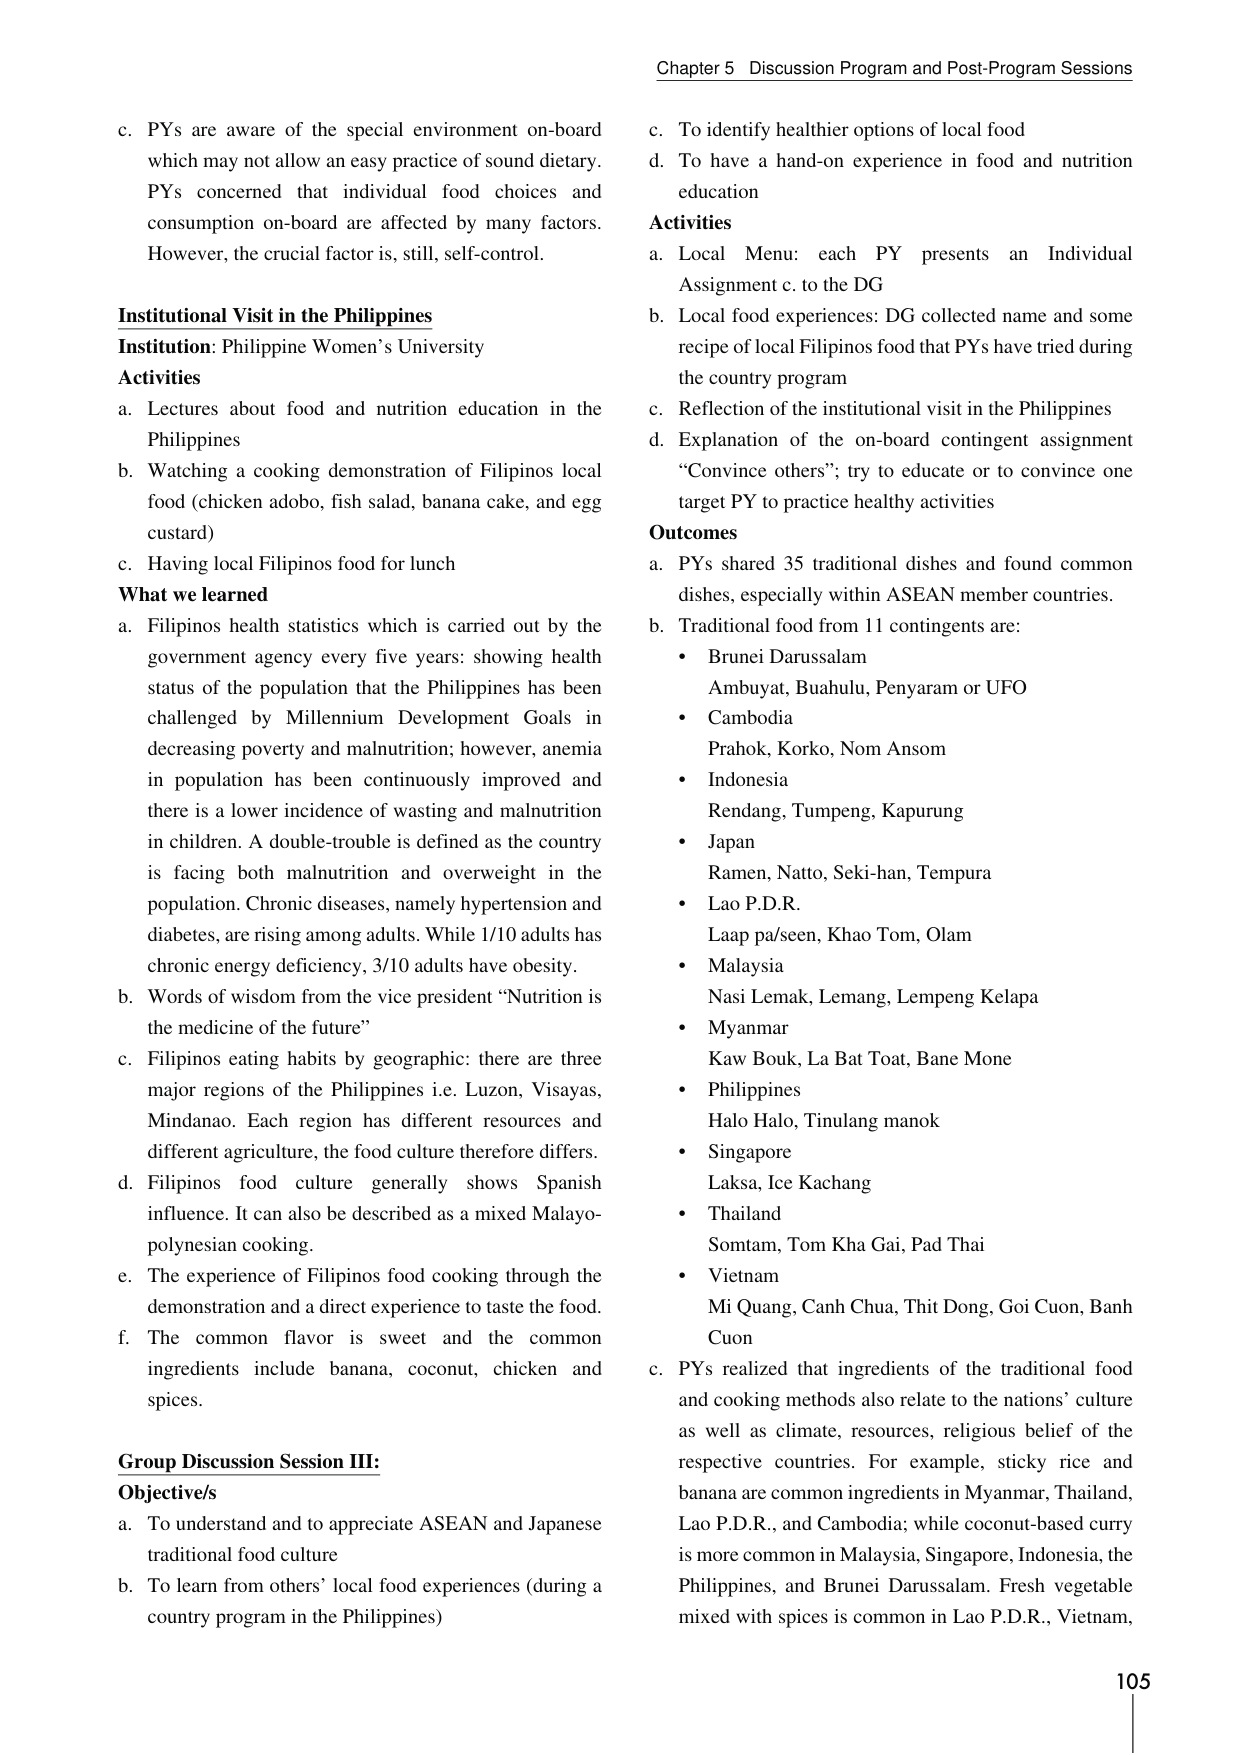
Chapter 5 Discussion Program and Post-Program Sessions

c. PYs are aware of the special environment on-board which may not allow an easy practice of sound dietary. PYs concerned that individual food choices and consumption on-board are affected by many factors. However, the crucial factor is, still, self-control.

Institutional Visit in the Philippines
Institution: Philippine Women’s University
Activities
a. Lectures about food and nutrition education in the Philippines
b. Watching a cooking demonstration of Filipinos local food (chicken adobo, fish salad, banana cake, and egg custard)
c. Having local Filipinos food for lunch
What we learned
a. Filipinos health statistics which is carried out by the government agency every five years: showing health status of the population that the Philippines has been challenged by Millennium Development Goals in decreasing poverty and malnutrition; however, anemia in population has been continuously improved and there is a lower incidence of wasting and malnutrition in children. A double-trouble is defined as the country is facing both malnutrition and overweight in the population. Chronic diseases, namely hypertension and diabetes, are rising among adults. While 1/10 adults has chronic energy deficiency, 3/10 adults have obesity.
b. Words of wisdom from the vice president “Nutrition is the medicine of the future”
c. Filipinos eating habits by geographic: there are three major regions of the Philippines i.e. Luzon, Visayas, Mindanao. Each region has different resources and different agriculture, the food culture therefore differs.
d. Filipinos food culture generally shows Spanish influence. It can also be described as a mixed Malayo-polynesian cooking.
e. The experience of Filipinos food cooking through the demonstration and a direct experience to taste the food.
f. The common flavor is sweet and the common ingredients include banana, coconut, chicken and spices.

Group Discussion Session III:
Objective/s
a. To understand and to appreciate ASEAN and Japanese traditional food culture
b. To learn from others’ local food experiences (during a country program in the Philippines)

c. To identify healthier options of local food
d. To have a hand-on experience in food and nutrition education
Activities
a. Local Menu: each PY presents an Individual Assignment c. to the DG
b. Local food experiences: DG collected name and some recipe of local Filipinos food that PYs have tried during the country program
c. Reflection of the institutional visit in the Philippines
d. Explanation of the on-board contingent assignment “Convince others”; try to educate or to convince one target PY to practice healthy activities
Outcomes
a. PYs shared 35 traditional dishes and found common dishes, especially within ASEAN member countries.
b. Traditional food from 11 contingents are:
• Brunei Darussalam
Ambuyat, Buahulu, Penyaram or UFO
• Cambodia
Prahok, Korko, Nom Ansom
• Indonesia
Rendang, Tumpeng, Kapurung
• Japan
Ramen, Natto, Seki-han, Tempura
• Lao P.D.R.
Laap pa/seen, Khao Tom, Olam
• Malaysia
Nasi Lemak, Lemang, Lempeng Kelapa
• Myanmar
Kaw Bouk, La Bat Toat, Bane Mone
• Philippines
Halo Halo, Tinulang manok
• Singapore
Laksa, Ice Kachang
• Thailand
Somtam, Tom Kha Gai, Pad Thai
• Vietnam
Mi Quang, Canh Chua, Thit Dong, Goi Cuon, Banh Cuon
c. PYs realized that ingredients of the traditional food and cooking methods also relate to the nations’ culture as well as climate, resources, religious belief of the respective countries. For example, sticky rice and banana are common ingredients in Myanmar, Thailand, Lao P.D.R., and Cambodia; while coconut-based curry is more common in Malaysia, Singapore, Indonesia, the Philippines, and Brunei Darussalam. Fresh vegetable mixed with spices is common in Lao P.D.R., Vietnam,

105